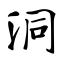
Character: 洞